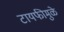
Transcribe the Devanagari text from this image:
टायफीमुळे